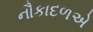
નૌકાદળએ